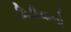
મિડીયાનો